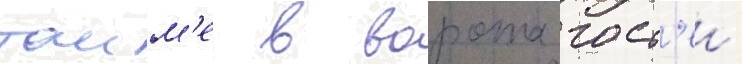
таим'е в ворота гост'еи